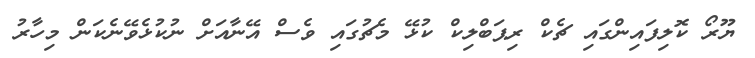
ޔޫރޯ ކޮލިފައިންގައި ޗެކް ރިޕަބްލިކް ކުޅޭ މެޗުގައި ވެސް އޭނާއަށް ނުކުޅެވޭނެކަން މިހާރު